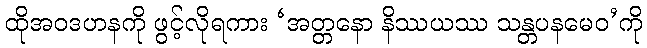
ထိုအဝဒဟနကို ဖွင့်လိုရကား ‘အတ္တနော နိဿယဿ သန္တပနမေဝ’ကို